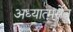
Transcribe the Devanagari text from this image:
अध्यात्मसेव